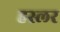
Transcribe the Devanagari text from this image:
हस्‍लर